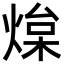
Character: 㷘